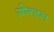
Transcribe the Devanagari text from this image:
ग्रोन्डल